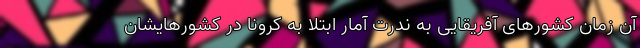
آن زمان کشورهای آفریقایی به ندرت آمار ابتلا به کرونا در کشورهایشان